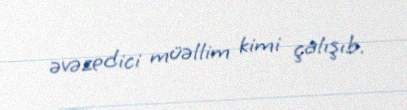
əvəzedici müəllim kimi çalışıb.